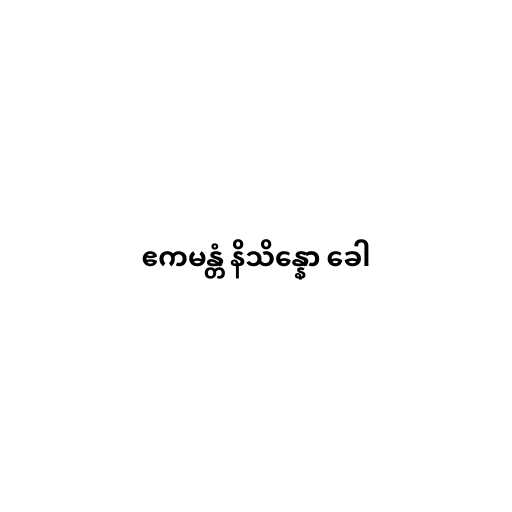
ဧကမန္တံ နိသိန္နော ခေါ